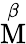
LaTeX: \overset{\beta}{\mathrm{M}}